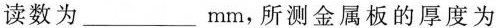
读数为___mm，所测金属板的厚度为